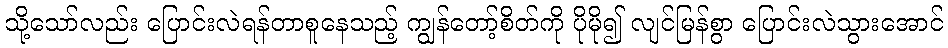
သို့သော်လည်း ပြောင်းလဲရန်တာစူနေသည့် ကျွန်တော့်စိတ်ကို ပိုမို၍ လျင်မြန်စွာ ပြောင်းလဲသွားအောင်